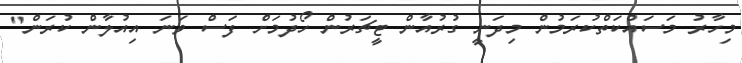
މިހާރު މަސައްކަތްކުރަމުން މިދަނީ ގުރުއާން ޓީޗަރުން ހޯދުމަށް ފަސް ވަނަ އިއުލާން ކުރަން"